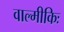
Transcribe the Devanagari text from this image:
वाल्मीकिः